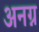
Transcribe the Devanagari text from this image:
अनग्न